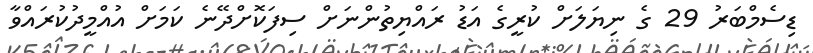
ޑިސެމްބަރު 29 ގެ ނިޔަލަށް ކުރީގެ އަޑު ރައްޔިތުންނަށް ސިފަކޮށްދޭނެ ކަމަށް އުއްމީދުކުރައްވާ